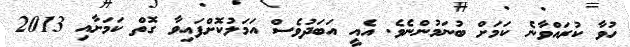
ހުވާ ކުރައްވާނެ ކަމަށް ބުނަމުންނެވެ. އެއީ އަބަދުވެސް އަމަލުކޮށްފައިވާ ގޮތް ކަމަށާއި 2013